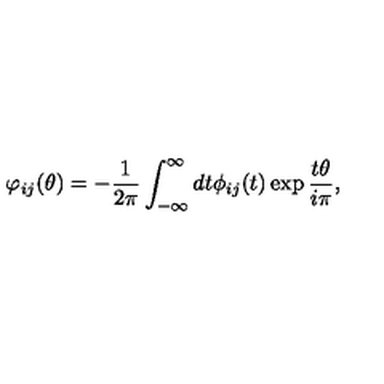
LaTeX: \varphi _ { i j } ( \theta ) = - \frac { 1 } { 2 \pi } \int _ { - \infty } ^ { \infty } d t \phi _ { i j } ( t ) \exp \frac { t \theta } { i \pi } ,